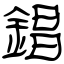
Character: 錩